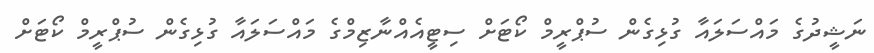
ނަޝީދުގެ މައްސަލައާ ގުޅިގެން ސުޕްރީމް ކޯޓަށް ސިޓީއެއްނާޒިމްގެ މައްސަލައާ ގުޅިގެން ސުޕްރީމް ކޯޓަށް